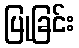
ပြုခြင်း